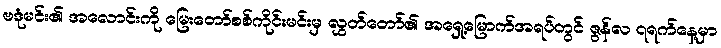
ဗဒုံမင်း၏ အလောင်းကို မြေးတော်စစ်ကိုင်းမင်းမှ လွှတ်တော်၏ အရှေ့မြောက်အရပ်တွင် ဇွန်လ ၇ရက်နေ့မှာ